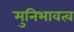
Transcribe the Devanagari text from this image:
मुनिभावत्व